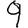
Digit: 9